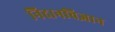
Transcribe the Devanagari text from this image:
निदानविज्ञान